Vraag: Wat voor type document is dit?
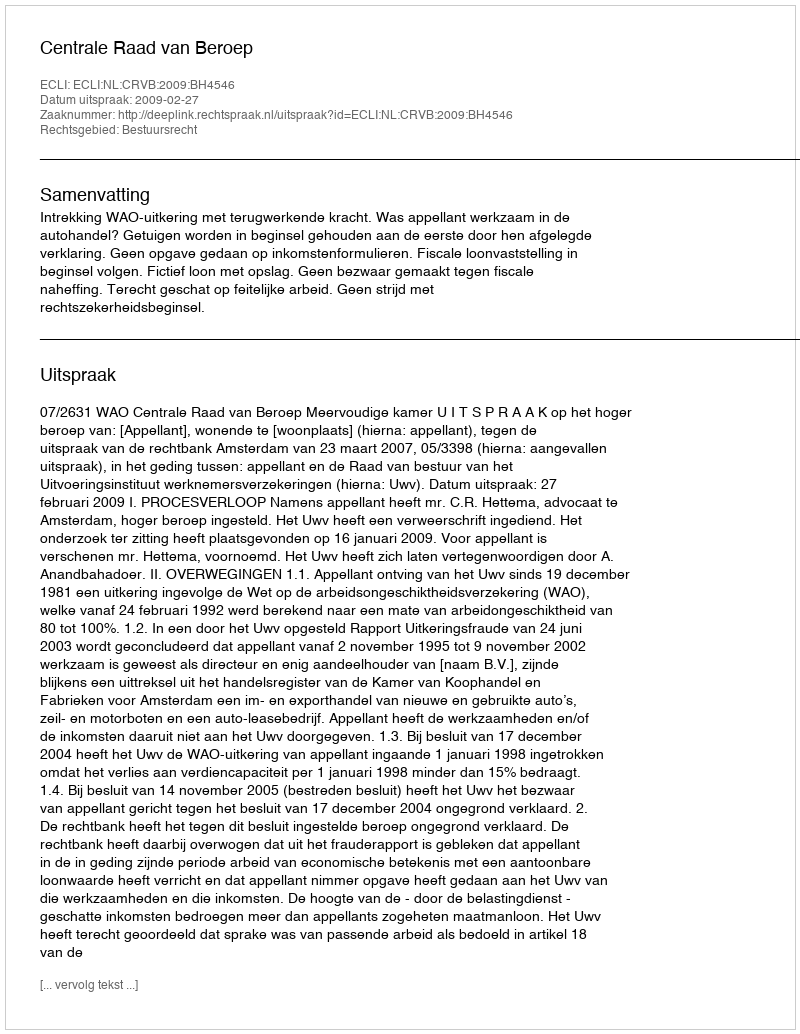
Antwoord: Uitspraak